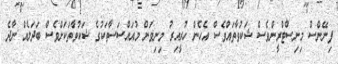
ފިނޭންސް މިނިސްޓްރީންވެސް ޝަކުވާތައްވެސް އެހެން ހުރީއިރު މިނިވަން މުއައްސަސާތަކުގެ ޝަކުވާތަކަށްވެސް ބަދަލެއް ނާދެ